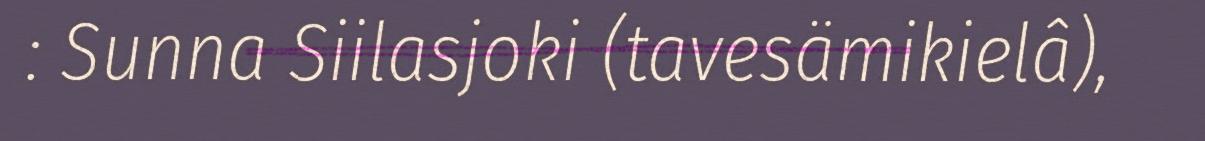
: Sunna Siilasjoki (tavesämikielâ),